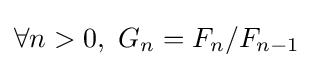
\forall n>0,\ G_{n}=F_{n}/F_{n-1}